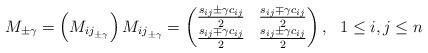
LaTeX: \begin{align*}M_{\pm \gamma }=\left( M_{{ij}_{\pm \gamma }}\right) M_{{ij}_{\pm \gamma }}=\begin{pmatrix}\frac{s_{ij}\pm \gamma c_{ij}}{2} & \frac{s_{ij}\mp \gamma c_{ij}}{2}\\\frac{s_{ij}\mp \gamma c_{ij}}{2} & \frac{s_{ij}\pm \gamma c_{ij}}{2}\end{pmatrix},\ \ 1\leq i,j\leq n\end{align*}